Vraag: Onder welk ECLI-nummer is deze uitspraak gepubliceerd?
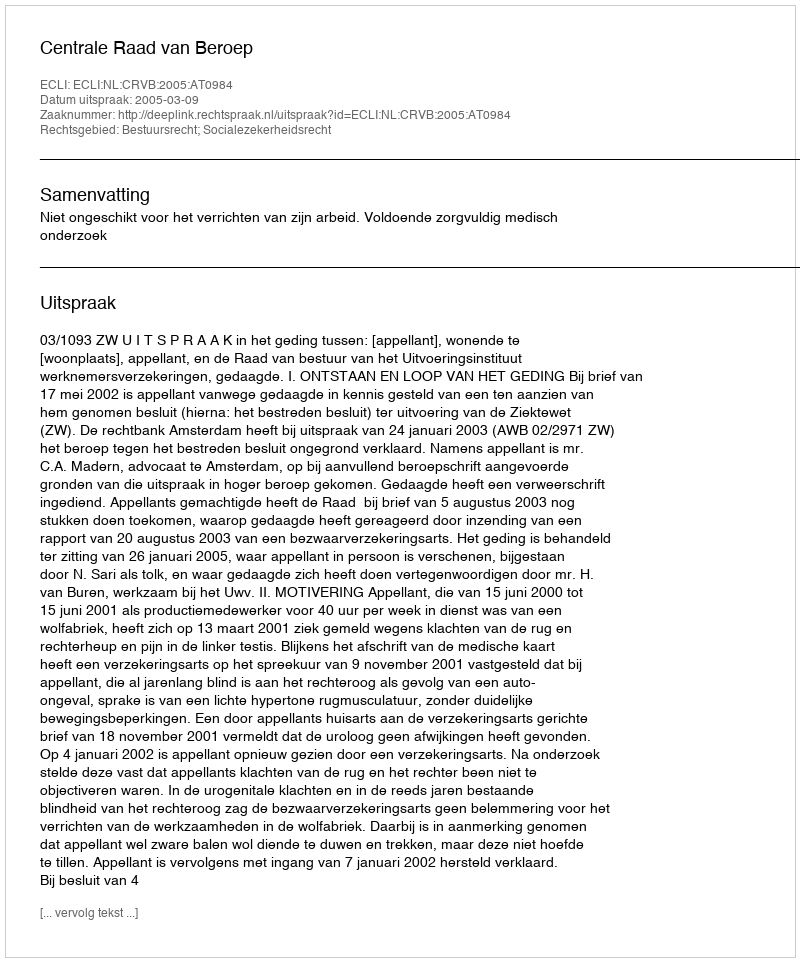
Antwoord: ECLI:NL:CRVB:2005:AT0984